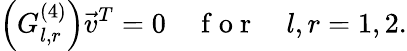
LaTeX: \left({G}_{l,r}^{(4)}\right)\vec{v}^{T}=0\quad\mathrm{~f~o~r~}\quad l,r=1,2.